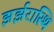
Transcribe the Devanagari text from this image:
झर्झरास्थि